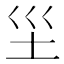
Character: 𱖉